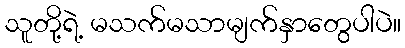
သူတို့ရဲ့ မသက်မသာမျက်နှာတွေပါပဲ။